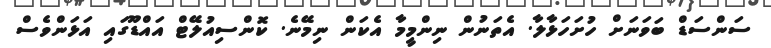
ސަންސަޑް ބަވަނަށް ހުށަހަޅާލާ. އެތަނުން ނިންމީމާ އެކަން ނިމޭނެ. ކޮންސިއުލޭޓް އައްޑޫގައި އަޅަންވެސް